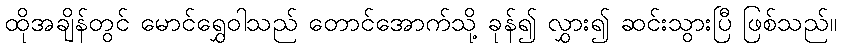
ထိုအချိန်တွင် မောင်ရွှေဝါသည် တောင်အောက်သို့ ခုန်၍ လွှား၍ ဆင်းသွားပြီ ဖြစ်သည်။